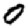
Digit: 0